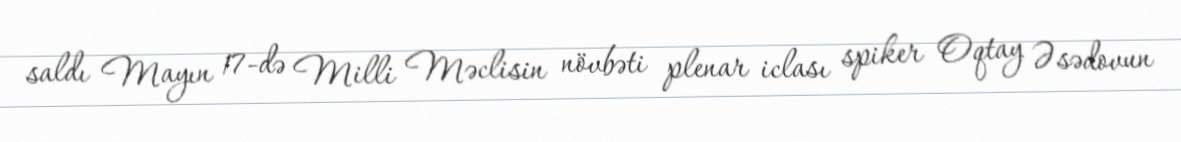
saldı Mayın 17-də Milli Məclisin növbəti plenar iclası spiker Oqtay Əsədovun